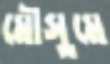
মৌসুমে